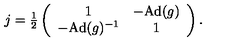
j = { \textstyle { \frac { 1 } { 2 } } } \left( \begin{array} { c c } { 1 } & { - \mathrm { A d } ( g ) } \\ { - \mathrm { A d } ( g ) ^ { - 1 } } & { 1 } \\ \end{array} \right) .